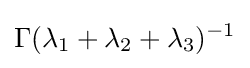
\Gamma (\lambda _{1}+\lambda _{2}+\lambda _{3})^{-1}